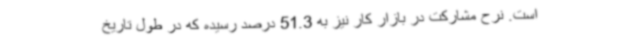
است. نرح مشارکت در بازار کار نیز به 51.3 درصد رسیده که در طول تاریخ